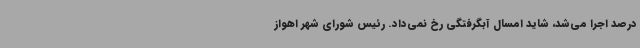
درصد اجرا می‌شد، شاید امسال آبگرفتگی رخ نمی‌داد. رئیس شورای شهر اهواز